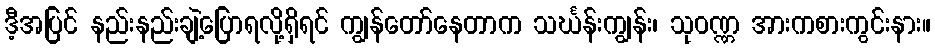
ဒီ့အပြင် နည်းနည်းချဲ့ပြောရလို့ရှိရင် ကျွန်တော်နေတာက သင်္ဃန်းကျွန်း၊ သုဝဏ္ဏ အားကစားကွင်းနား။